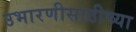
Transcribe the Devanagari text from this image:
उभारणीसाठीच्या